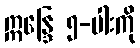
ဣန္ဒြေ ၅-ပါးကို